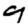
Digit: 9